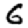
Digit: 6